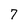
Character: 7